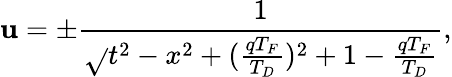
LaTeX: \mathbf{u}=\pm\frac{{1}}{{\sqrt{}{{t^{2}-x^{2}+(\frac{{qT_{F}}}{{T_{D}}})^{2}+1}}-\frac{{qT_{F}}}{{T_{D}}}}},